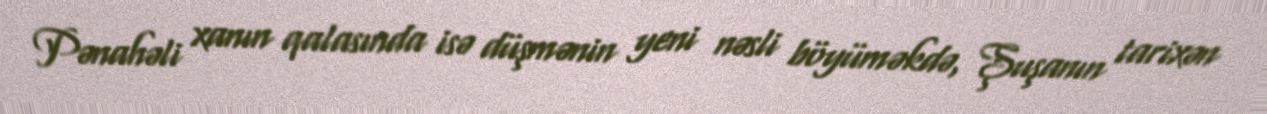
Pənahəli xanın qalasında isə düşmənin yeni nəsli böyüməkdə, Şuşanın tarixən